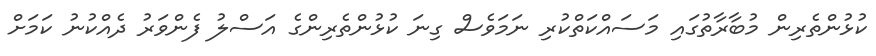
ކުޅުންތެރިން މުބާރާތުގައި މަސައްކަތްކުރި ނަމަވެސް ގިނަ ކުޅުންތެރިންގެ އަސްލު ފެންވަރު ދެއްކުނު ކަމަށް